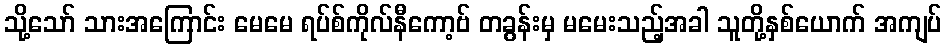
သို့သော် သားအကြောင်း မေမေ ရပ်စ်ကိုလ်နီကော့ဗ် တခွန်းမှ မမေးသည့်အခါ သူတို့နှစ်ယောက် အကျပ်